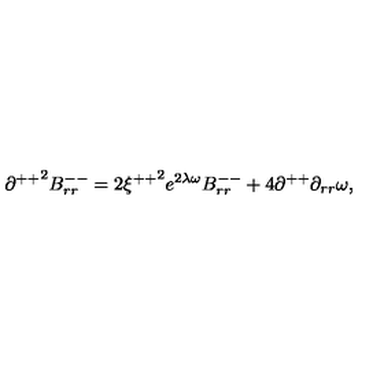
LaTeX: { \partial ^ { + + } } ^ { 2 } B _ { r r } ^ { -- } = 2 { \xi ^ { + + } } ^ { 2 } e ^ { 2 \lambda \omega } B _ { r r } ^ { -- } + 4 \partial ^ { + + } \partial _ { r r } \omega ,